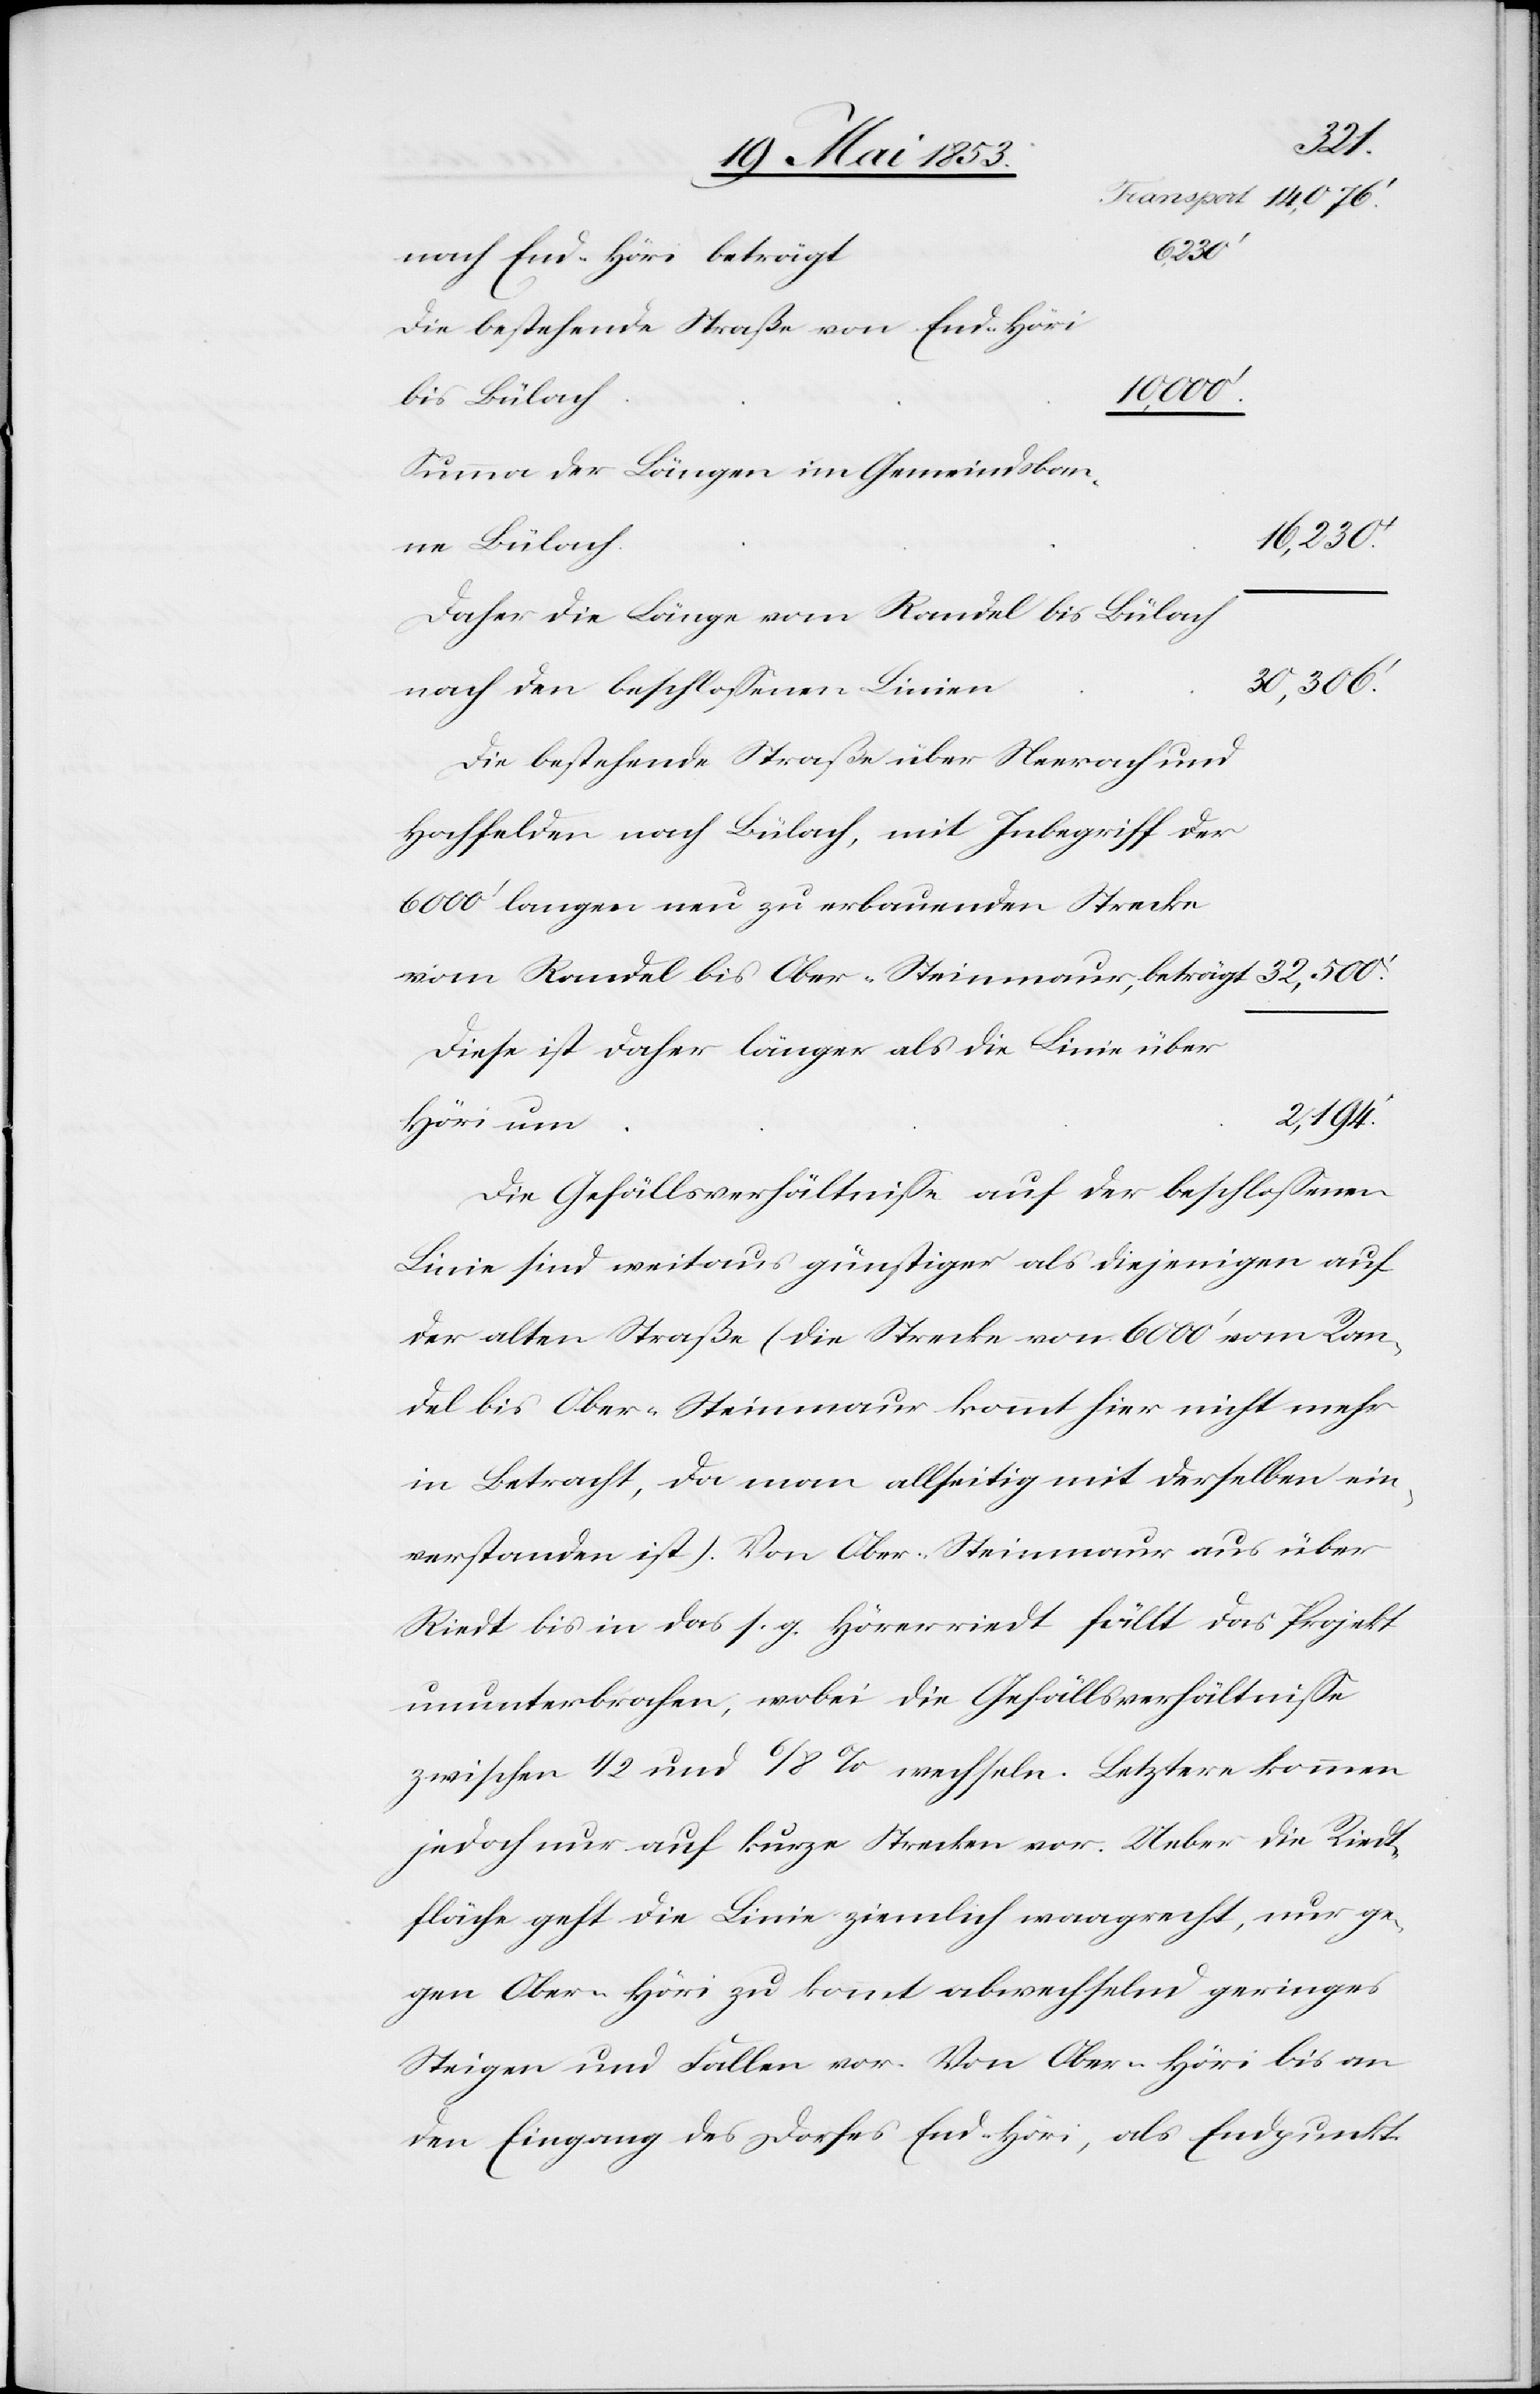
der
bis
Die bestehende Straße von End-Höri
Summa der Längen im Gemeindsban¬
vom Randel
nach Bülach,
Daher die Länge von Randel bis Bülach
n	30,306.’
nach den beschloßenen Linie¬
Die bestehende Straße über Neerach und
6000’ langen und zu erbauenden Strecke
Diese ist daher länger als die Linie über
Die Gefällsverhältniße auf der beschloßenen
Linie sind weitaus günstiger als diejenigen auf
der alten Straße (die Strecke von 6000’ vom Ran¬
del bis Ober-Steinmaur kommt hier nicht mehr
in Betracht, da man allseitig mit derselben ein¬
verstanden ist.) Von Ober-Steinmaur aus über
Riedt bis in das s. g. Hörerriedt fällt das Projekt
ununterbrochen, wobei die Geschäftsverhältniße
zwischen 1/2 und 6/8 % wechseln. Letztere kommen
jedoch nur auf kurze Strecken vor. Ueber die Riedt¬
fläche geht die Linie ziemlich waagrecht, nur ge¬
gen Ober-Höri zu kommt abwechselnd geringes
Steigen und Fallen vor. Von Ober-Höri bis an
den Eingang des Dorfes End-Höri, als Endpunkt